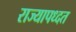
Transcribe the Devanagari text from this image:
राज्यापध्दत